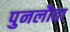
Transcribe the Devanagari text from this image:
पुनलौता